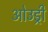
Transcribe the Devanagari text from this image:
ओउड्री